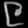
Digit: ၉